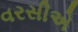
વરસીએ